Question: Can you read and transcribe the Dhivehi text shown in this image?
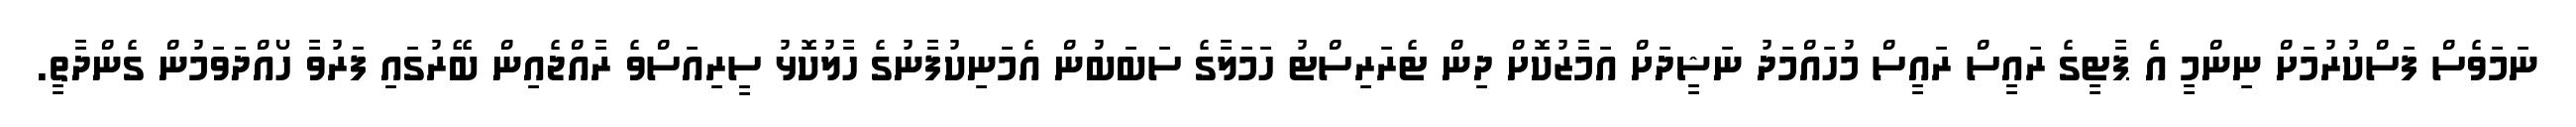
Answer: ނަމަވެސް ފަސްކުރުމަށް ނިންމީ އެ ޕާޓީގެ ރައީސް ރައީސް މުހައްމަދު ނަޝީދަށް އަމާޒުކޮށް ދިން ޓެރަރިސްޓު ހަމަލާގެ ސަބަބުން އެމަނިކުފާނުގެ ހާލުކޮޅު ސީރިއަސްވެ ރާއްޖެއިން ބޭރުގައި ފަރުވާ ހޯއްދަވަމުން ގެންދާތީ.